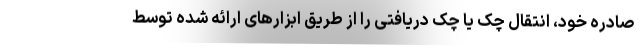
صادره خود، انتقال چک یا چک دریافتی را از طریق ابزارهای ارائه شده توسط